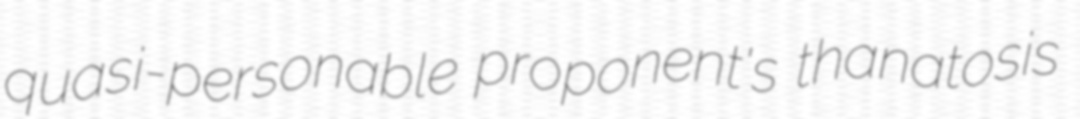
quasi-personable proponent's thanatosis